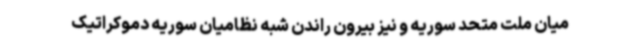
میان ملت متحد سوریه و نیز بیرون راندن شبه نظامیان سوریه دموکراتیک